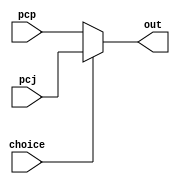

module mpc( //Mux of PC source
    pcp,
    pcj,
    choice,
    out
);
    input[15:0] pcp; //PC plus
    input[15:0] pcj; //Jump
    input choice;
    output reg[15:0] out;

    always@(*)
        if (choice == 1) begin
            out = pcj;
        end else begin
            out = pcp;
        end
    
endmodule